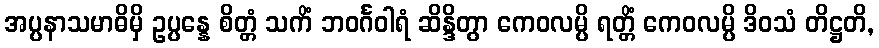
အပ္ပနာသမာဓိမှိ ဥပ္ပန္နေ စိတ္တံ သကိံ ဘဝင်္ဂဝါရံ ဆိန္ဒိတွာ ကေဝလမ္ပိ ရတ္တိံ ကေဝလမ္ပိ ဒိဝသံ တိဋ္ဌတိ,